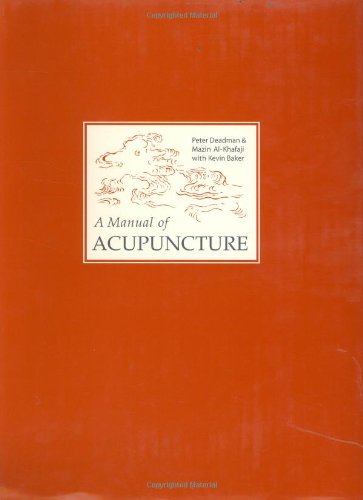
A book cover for A Manual of Acupuncture; Peter Deadman; Health, Fitness & Dieting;